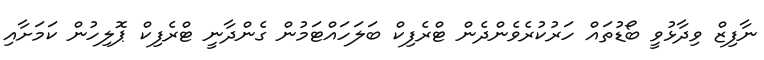
ނާފިޒް ވިދާޅުވީ ބޯޑުތައް ހަރުކުރެވެންދެން ޓްރެފިކް ބަލަހައްޓަމުން ގެންދާނީ ޓްރެފިކް ޕޮލިހުން ކަމަށާއި